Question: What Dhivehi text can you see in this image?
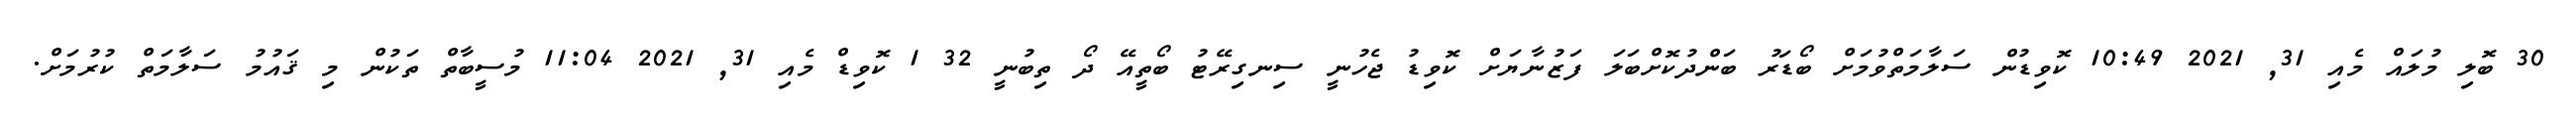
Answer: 30 ބޮލި މުލައް މެއި 31, 2021 10:49 ކޮވިޑުން ސަލާމަތްވުމަށް ބޯޑަރު ބަންދުކޮށްބަލަ ފަޒުނާޔަށް ކޮވިޑު ޖެހުނީ ސިނގިރޭޓު ބޯތީއޭ ދޯ ތިބުނީ 32 1 ކޮވިޑް މެއި 31, 2021 11:04 މުސީބާތް ތަކުން މި ޤައުމު ސަލާމަތް ކުރުމަށް.